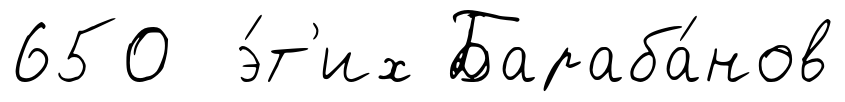
650 э́т'их Бараба́нов